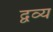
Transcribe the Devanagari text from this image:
द्वव्य